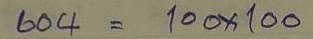
604 = 100x100